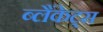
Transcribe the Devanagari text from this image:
ब्लैंकेट्स